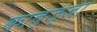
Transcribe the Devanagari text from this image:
काब्ज्जा